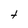
Character: t